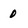
Character: 0